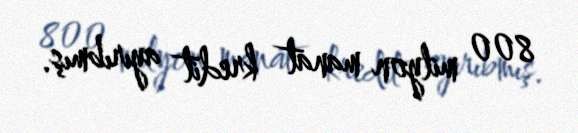
800 milyon manat kredit ayırıbmış.